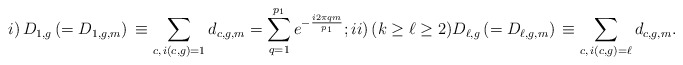
\begin{align*}i)\,D_{1, g}\,(=D_{1,g, m})\,\equiv\sum_{c,\, i(c, g)=1}d_{c,g, m}=\sum_{q=1}^{p_1}e^{-\frac{i2\pi qm}{p_1}};ii)\,(k\ge\ell\ge 2)D_{\ell, g}\,(=D_{\ell,g, m})\,\equiv\sum_{c,\, i(c, g)=\ell}d_{c,g, m}.\end{align*}